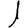
Digit: 1